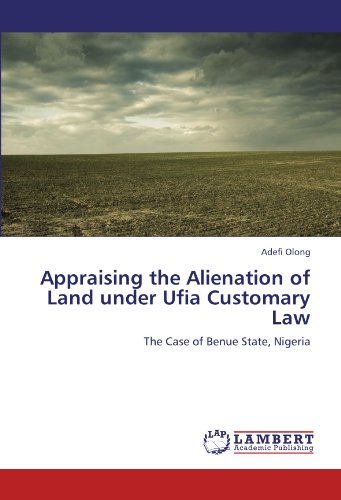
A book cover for Appraising the Alienation of Land under Ufia Customary Law: The Case of Benue State, Nigeria; Adefi Olong; Law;